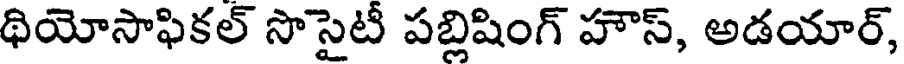
థియోసాఫికల్ సొసైటీ పబ్లిషింగ్ హౌస్, అడయార్,